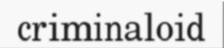
criminaloid